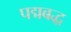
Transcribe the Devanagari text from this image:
पद्मबद्ध